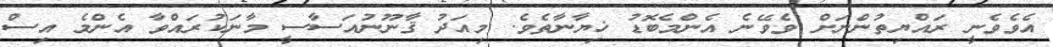
އެވެވެނީ ރައްޔިތުންނަށް ވެވޭނެ އެންމެބޮޑު ޚިޔާނާތެވެ. މިއަދު ޤާނޫނުއަސާސީ މާނަކުރައްވާ އެންމެ އިސް